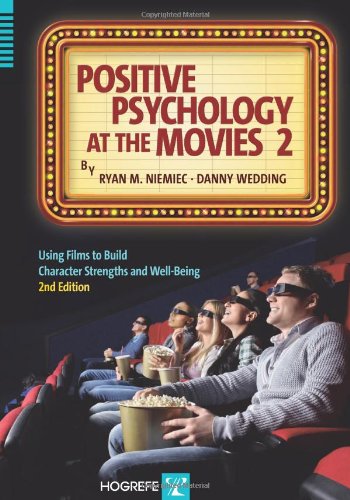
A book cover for Positive Psychology at the Movies: Using Films to Build Virtues and Character Strengths; Ryan M. Niemiec; Humor & Entertainment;